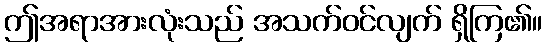
ဤအရာအားလုံးသည် အသက်ဝင်လျက် ရှိကြ၏။